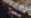
الرجال